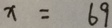
x = 6 9